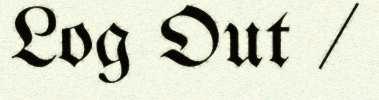
Log Out /